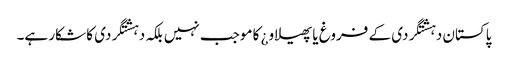
پاکستان دہشتگردی کے فروغ یا پھیلاو¿ کا موجب نہیں بلکہ دہشتگردی کا شکار ہے۔